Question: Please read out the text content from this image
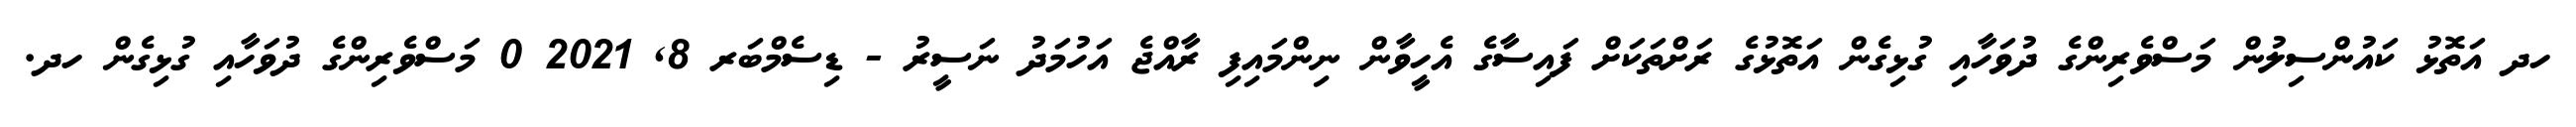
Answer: ހދ އަތޮޅު ކައުންސިލުން މަސްވެރިންގެ ދުވަހާއި ގުޅިގެން އަތޮޅުގެ ރަށްތަކަށް ފައިސާގެ އެހީވާން ނިންމައިފި ރާއްޖެ އަހުމަދު ނަސީރު - ޑިސެމްބަރ 8, 2021 0 މަސްވެރިންގެ ދުވަހާއި ގުޅިގެން ހދ.